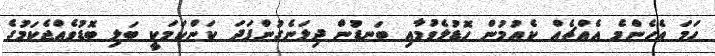
ހަމަ އެހެންމެ އެއްޗެއް ކެއުމުން ހޮޑުލެވުމާއި ބަނޑުން ދިލަނެގުންފަދަ ކަންކަމަކީ ބަލި ބޮޑުވެއްޖެކަމުގެ